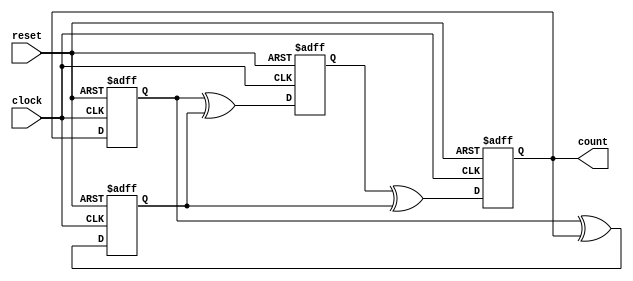
module JohnsonGrayCounter (
    input clock,
    input reset,
    output [3:0] count
);

reg [3:0] q [0:3];

always @ (posedge clock or posedge reset) begin
    if (reset) begin
        q[0] <= 4'b0000;
        q[1] <= 4'b0001;
        q[2] <= 4'b0011;
        q[3] <= 4'b0010;
    end else begin
        q[0] <= q[3];
        q[1] <= q[0] ^ q[2];
        q[2] <= q[0] ^ q[3];
        q[3] <= q[1] ^ q[2];
    end
end

assign count = q[3];

endmodule